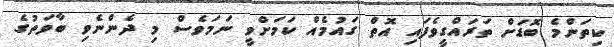
ކިތަންމެ ބޮޑަށް ތަރައްގީވެފައި އޮތް ގައުމެއް ކަމަށްވީ ނަމަވެސް މި ދެންނެވި ބާވަތުގެ